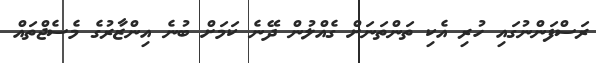
ރަސްފަންނުގައި ހުރި އެކި ތަންތަނަށް ގެއްލުން ދޭނެ ކަމަށް ބުނެ އިންޒާރުގެ މެސެޖްތައް